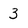
Character: 3